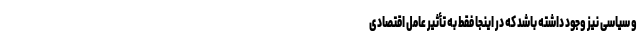
و سیاسی نیز وجود داشته باشد که در اینجا فقط به تأثیر عامل اقتصادی